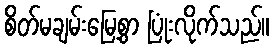
စိတ်မချမ်းမြေ့စွာ ပြုံးလိုက်သည်။